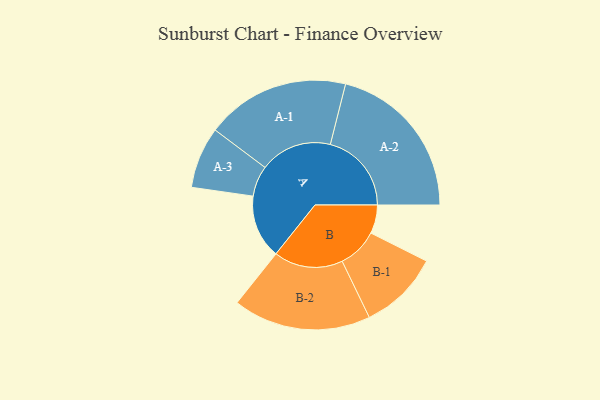
{"axis": {"x": "Segment", "y": "Value"}, "legend": ["", "A", "B"], "data": [{"x": "A", "y": 230, "type": ""}, {"x": "B", "y": 103, "type": ""}, {"x": "A-1", "y": 260, "type": "A"}, {"x": "A-2", "y": 293, "type": "A"}, {"x": "A-3", "y": 111, "type": "A"}, {"x": "B-1", "y": 145, "type": "B"}, {"x": "B-2", "y": 249, "type": "B"}]}